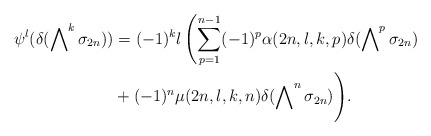
\begin{align*}\psi^l(\delta(\bigwedge\nolimits^k\sigma_{2n}))&=(-1)^kl \left(\sum_{p=1}^{n-1}(-1)^p\alpha(2n, l, k, p)\delta(\bigwedge\nolimits^p\sigma_{2n})\right.\\&+(-1)^n\mu(2n, l, k, n)\delta(\bigwedge\nolimits^n\sigma_{2n})\Bigg).\end{align*}